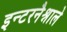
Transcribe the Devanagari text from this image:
इन्टरनैश्नाले